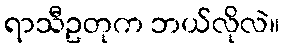
ရာသီဥတုက ဘယ်လိုလဲ။